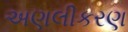
અણલીકરણ